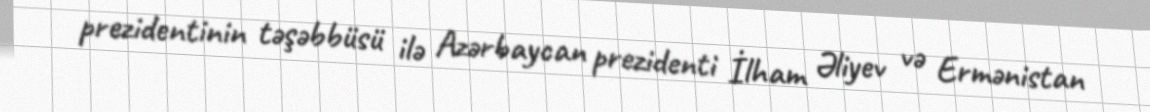
prezidentinin təşəbbüsü ilə Azərbaycan prezidenti İlham Əliyev və Ermənistan